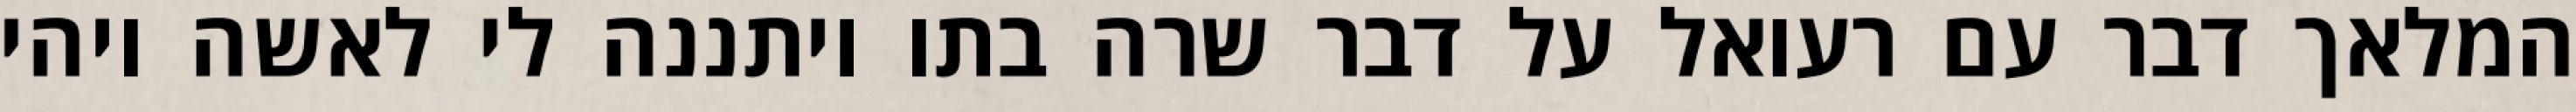
המלאך דבר עם רעואל על דבר שרה בתו ויתננה לי לאשה ויהי